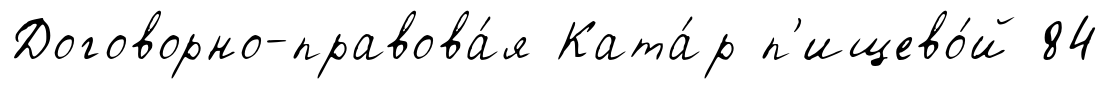
Договорно-правова́я Ката́р п'ищево́й 84